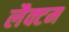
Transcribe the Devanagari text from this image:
लैक्टम